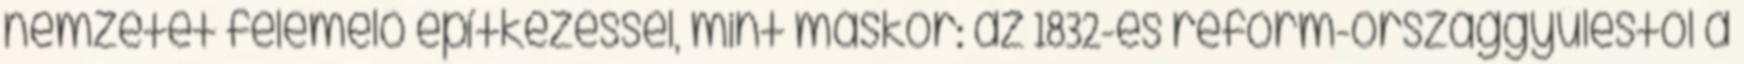
nemzetet felemelő építkezéssel, mint máskor: az 1832-es reform-országgyűléstől a